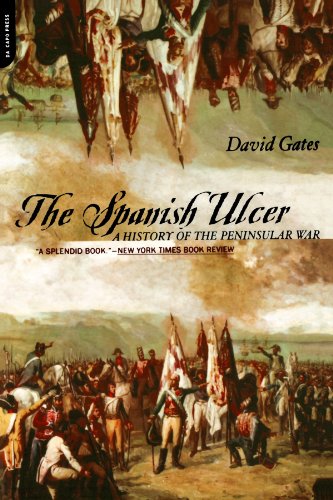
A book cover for The Spanish Ulcer: A History of the Peninsular War; David Gates; Health, Fitness & Dieting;